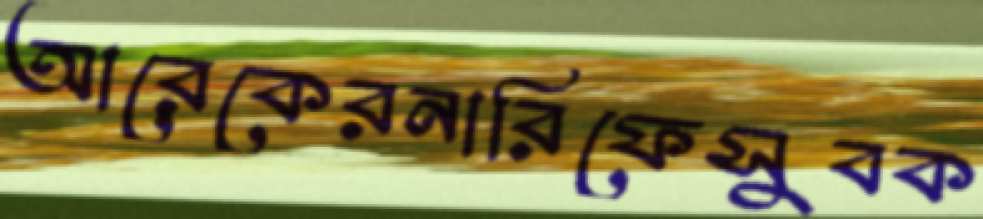
আরেকেরনারিফেসুবক